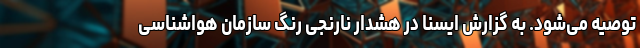
توصیه می‌شود. به گزارش ایسنا در هشدار نارنجی ‌رنگ سازمان هواشناسی